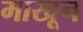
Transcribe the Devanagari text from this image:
माखून